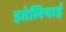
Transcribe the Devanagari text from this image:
इतेलियाई